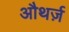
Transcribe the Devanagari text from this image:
औथर्ज़